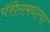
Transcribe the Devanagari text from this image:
पॅरीसमधल्या